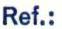
Ref.: